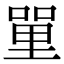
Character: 𠹈